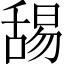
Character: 舓